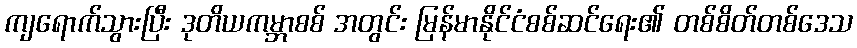
ကျရောက်သွားပြီး ဒုတိယကမ္ဘာစစ် အတွင်း မြန်မာနိုင်ငံစစ်ဆင်ရေး၏ တစ်စိတ်တစ်ဒေသ